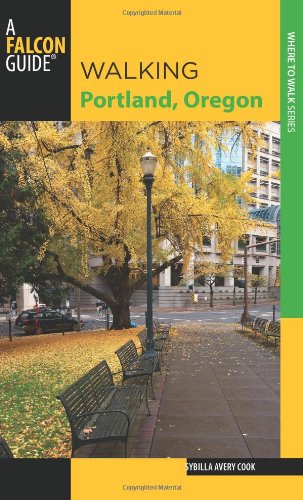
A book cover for Walking Portland, Oregon (Walking Guides Series); Sybilla Avery Cook; Travel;